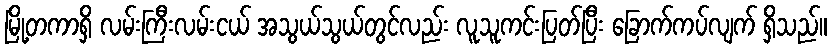
မြို့တကာရှိ လမ်းကြီးလမ်းငယ် အသွယ်သွယ်တွင်လည်း လူသူကင်းပြတ်ပြီး ခြောက်ကပ်လျက် ရှိသည်။